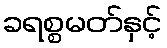
ခရစ္စမတ်နှင့်